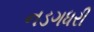
નડગધરી